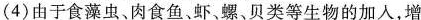
(4)由于食藻虫、肉食鱼、虾、螺、贝类等生物的加入，增